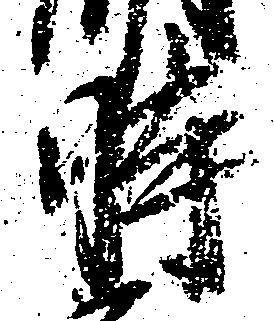
時